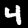
Digit: 4